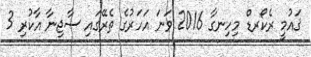
ޤައުމީ ރެކޯރޑް މިހިނގާ 2016 ވަނަ އަހަރުގެ ތެރޭގައި ސާޖިނާ އާކުރި 3